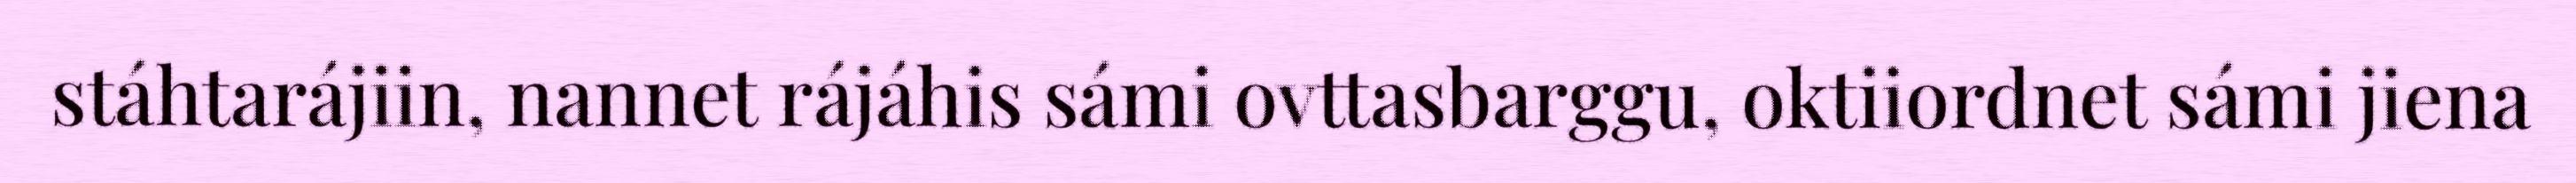
stáhtarájiin, nannet rájáhis sámi ovttasbarggu, oktiiordnet sámi jiena